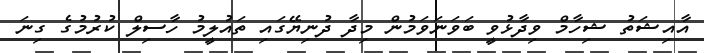
އާއިޝަތު ޝިހާމް ވިދާޅުވީ ބަވަަނަވަމުން މިދާ ދުނިޔޭގައި ތައުލީމު ހާސިލް ކުުރުމުގެ ގިނަ